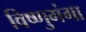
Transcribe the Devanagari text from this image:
विष्णुगंगा